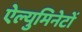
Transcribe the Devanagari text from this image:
ऐल्युमिनेटों